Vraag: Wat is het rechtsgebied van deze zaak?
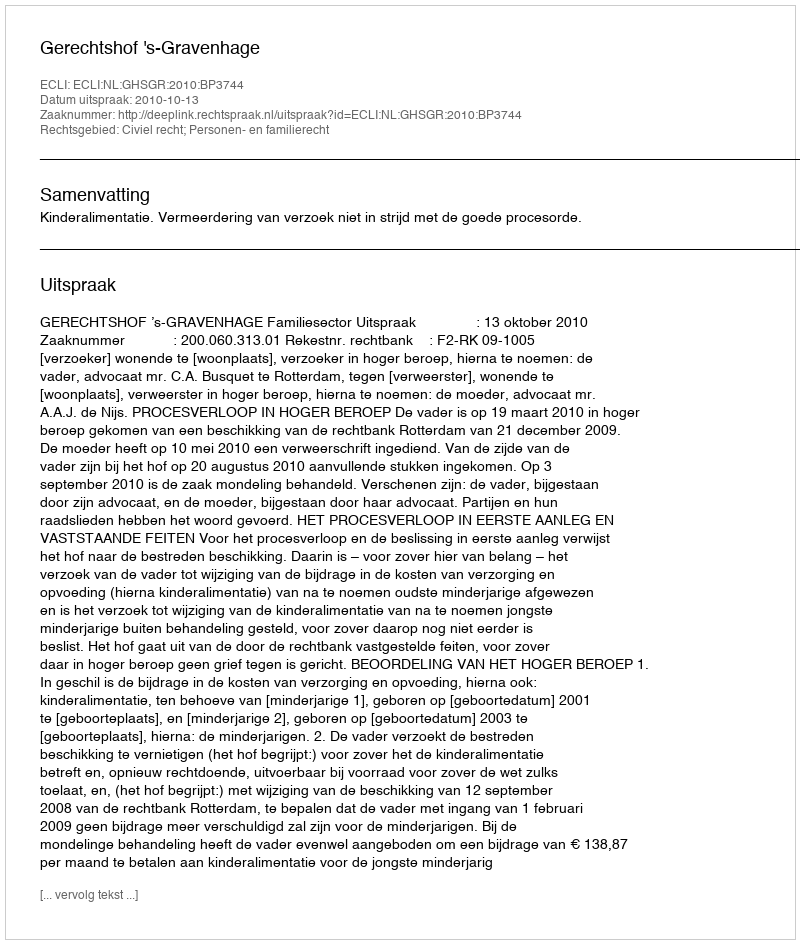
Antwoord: Civiel recht; Personen- en familierecht